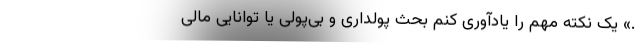
.» یک نکته مهم را یادآوری کنم بحث پولداری و بی‌پولی یا توانایی مالی